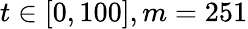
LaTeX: t\in\left[0,100\right],m=251